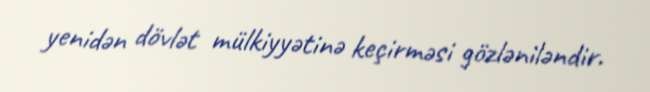
yenidən dövlət mülkiyyətinə keçirməsi gözləniləndir.